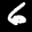
Label: 6